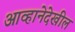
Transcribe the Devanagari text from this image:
आव्हानेदेखील